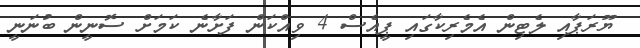
ޔޫރަޕާއި ލެޓިން އެމެރިކާގައި ޕީއެސް 4 ވިއްކަން ފަށާނެ ކަމަށް ސޮނީން ބުނަނީ